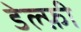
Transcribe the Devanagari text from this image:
डेल्फ़ी